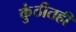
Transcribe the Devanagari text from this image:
कुंठीतही